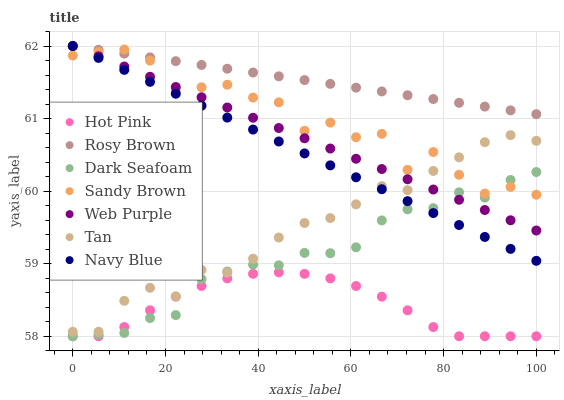
| xaxis_label | Hot Pink | Rosy Brown | Dark Seafoam | Sandy Brown | Web Purple | Tan | Navy Blue |
 | --- | --- | --- | --- | --- | --- | --- | --- |
 | 0 | 58 | 62 | 58 | 61.9 | 62 | 58.1 | 62 |
 | 5.56 | 58 | 61.9 | 58 | 61.9 | 61.9 | 58.1 | 61.8 |
 | 11.1 | 58.1 | 61.9 | 58 | 62 | 61.7 | 58.5 | 61.7 |
 | 16.7 | 58.4 | 61.8 | 58.3 | 61.8 | 61.6 | 58.7 | 61.5 |
 | 22.2 | 58.5 | 61.8 | 58.3 | 61.4 | 61.4 | 58.5 | 61.3 |
 | 27.8 | 58.7 | 61.7 | 58.8 | 61.4 | 61.3 | 58.9 | 61.2 |
 | 33.3 | 58.8 | 61.7 | 58.9 | 61.5 | 61.2 | 58.9 | 61 |
 | 38.9 | 58.9 | 61.6 | 59 | 61.3 | 61 | 59.1 | 60.8 |
 | 44.4 | 58.9 | 61.6 | 59 | 61.2 | 60.9 | 59.4 | 60.7 |
 | 50 | 58.9 | 61.5 | 59.1 | 60.8 | 60.7 | 59.6 | 60.5 |
 | 55.6 | 58.8 | 61.5 | 59.1 | 60.9 | 60.6 | 59.6 | 60.4 |
 | 61.1 | 58.7 | 61.4 | 59.2 | 60.7 | 60.4 | 59.8 | 60.2 |
 | 66.7 | 58.5 | 61.4 | 59.6 | 60.8 | 60.3 | 60.1 | 60 |
 | 72.2 | 58.4 | 61.3 | 59.7 | 60.3 | 60.2 | 60 | 59.9 |
 | 77.8 | 58.1 | 61.3 | 59.8 | 60.5 | 60 | 60.3 | 59.7 |
 | 83.3 | 58 | 61.2 | 60 | 60.2 | 59.9 | 60.5 | 59.5 |
 | 88.9 | 58 | 61.2 | 59.9 | 60 | 59.7 | 60.7 | 59.4 |
 | 94.4 | 58 | 61.1 | 60.2 | 60.1 | 59.6 | 60.8 | 59.2 |
 | 100 | 58 | 61.1 | 60.3 | 60 | 59.5 | 60.7 | 59 |